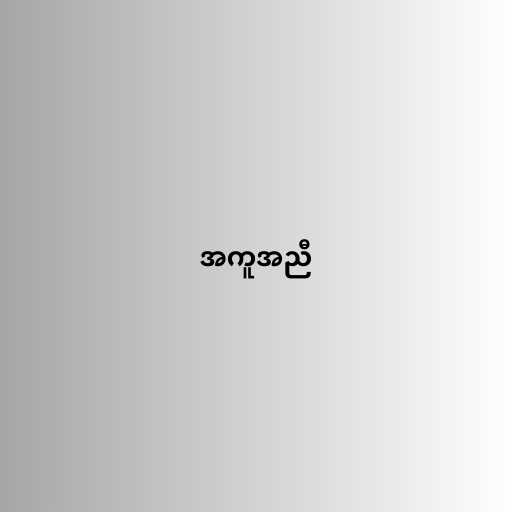
အကူအညီ